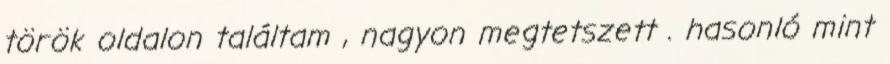
török oldalon találtam , nagyon megtetszett . hasonló mint